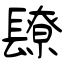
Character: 镽